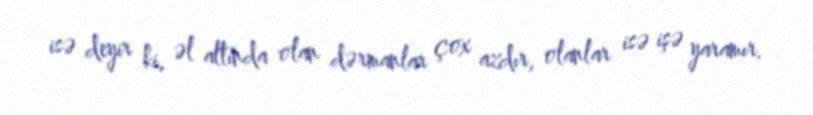
isə deyir ki, əl altında olan dərmanlar çox azdır, olanlar isə işə yaramır.